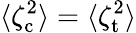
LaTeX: \langle\zeta_{\mathrm{c}}^{2}\rangle=\langle\zeta_{\mathrm{t}}^{2}\rangle